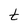
Character: t